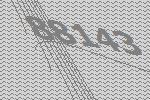
88143